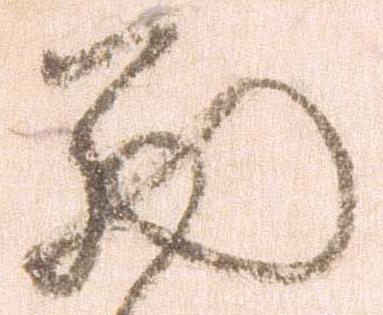
西